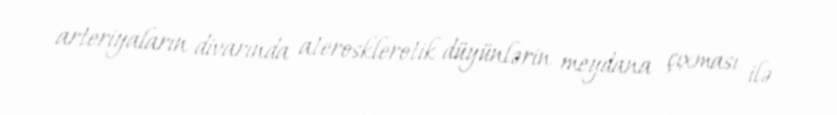
arteriyaların divarında aterosklerotik düyünlərin meydana çıxması ilə